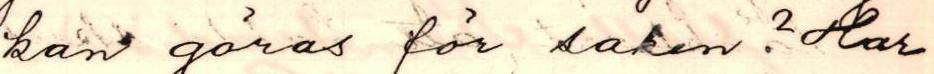
kan göras för saken? Har